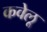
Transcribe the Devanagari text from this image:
कवेलू